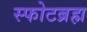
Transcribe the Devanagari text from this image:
स्फोटब्रह्म